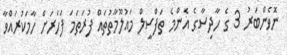
ނޮވެންބަރު 3 ގެ ހާދިސާގެ އެންމެ ތަފްސީލް މައުލޫމާތުތައް ފުރަަތަމަ ފަހަރަށް ހާމަކުރައްވާ